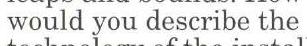
would you describe the